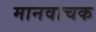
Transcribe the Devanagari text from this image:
मानवाचक